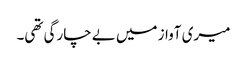
میری آواز میں بے چارگی تھی۔